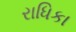
રાધિકા